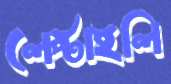
লেপ্‌টাইলি